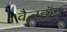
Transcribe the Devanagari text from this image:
वैजहॉट